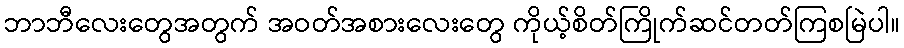
ဘာဘီလေးတွေအတွက် အဝတ်အစားလေးတွေ ကိုယ့်စိတ်ကြိုက်ဆင်တတ်ကြစမြဲပါ။